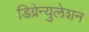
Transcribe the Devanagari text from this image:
डिग्रेन्युलेशन